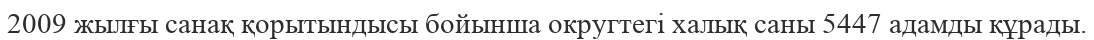
2009 жылғы санақ қорытындысы бойынша округтегі халық саны 5447 адамды құрады.